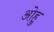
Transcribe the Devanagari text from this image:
ओहु